Problem: 8 × 4 = ?
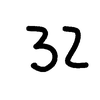
Handwritten answer: 32